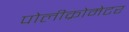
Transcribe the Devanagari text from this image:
पोलीक्रोमेटर